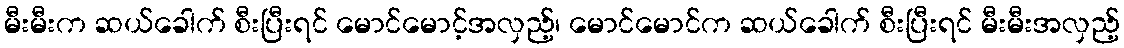
မီးမီးက ဆယ်ခေါက် စီးပြီးရင် မောင်မောင့်အလှည့်၊ မောင်မောင်က ဆယ်ခေါက် စီးပြီးရင် မီးမီးအလှည့်